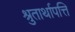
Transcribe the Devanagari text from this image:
श्रुतार्थापत्ति